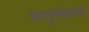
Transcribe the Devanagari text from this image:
मान्सूननंतरच्या